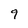
Character: 9